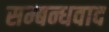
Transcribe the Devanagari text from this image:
सम्बन्धवाद